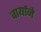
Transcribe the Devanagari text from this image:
वार्याने